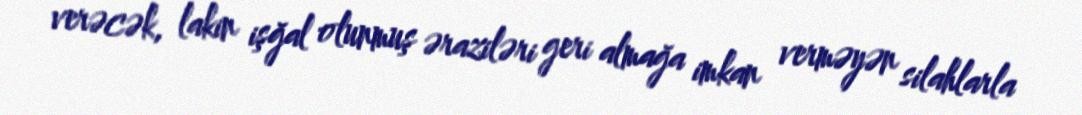
verəcək, lakin işğal olunmuş əraziləri geri almağa imkan verməyən silahlarla